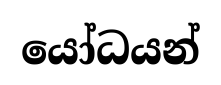
යෝධයන්